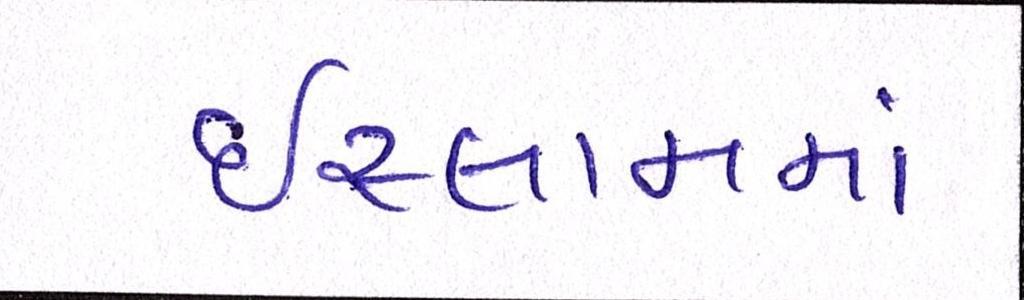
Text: ઇસ્લામમાં